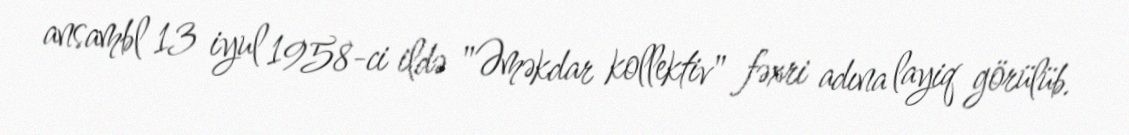
ansambl 13 iyul 1958-ci ildə "Əməkdar kollektiv" fəxri adına layiq görülüb.